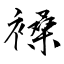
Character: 褬